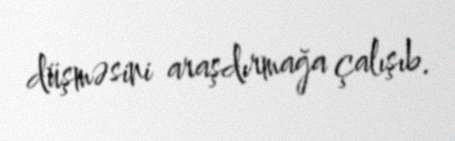
düşməsini araşdırmağa çalışıb.